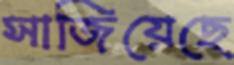
সাজিয়েছে